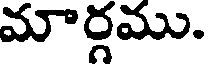
మార్గము.